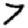
Digit: 7